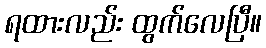
ရထားလည်း ထွက်လေပြီ။